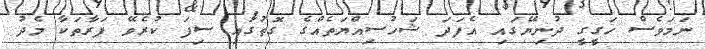
ނަމަވެސް ހަގީގީ ދުނިޔޭގައި އެފަދަ ޝަހުސިއްޔަތެއްގެ ގޮތުގައި ސިފަ ކުރެވޭ ފަރާތަކާ މެދު